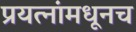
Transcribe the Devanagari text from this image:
प्रयत्नांमधूनच